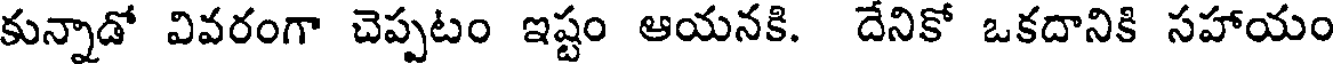
కున్నాడో వివరంగా చెప్పటం ఇష్టం ఆయనకి. దేనికో ఒకదానికి సహాయం